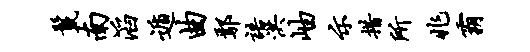
鬣南滔遁曲鄢语洪岫示措所兆霸